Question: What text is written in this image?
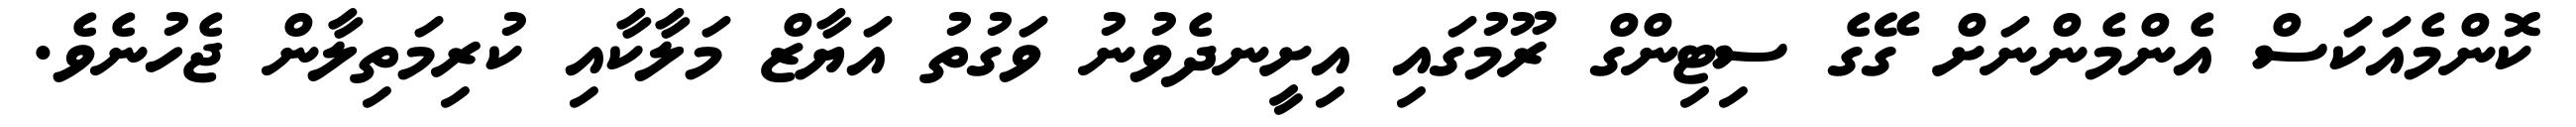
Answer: ކޮންމެއަކަސް އެންމެންނަށް ގޭގެ ސިޓިންގް ރޫމުގައި އިށީނދެވުނު ވަގުތު އަޔާޒް މަލާކާއި ކުރިމަތިލާން ޖެހުނެވެ.